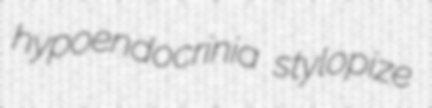
hypoendocrinia stylopize